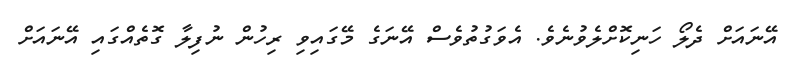
އޭނައަށް ދެލޯ ހަނިކޮށްލެވުނެވެ. އެވަގުތުވެސް އޭނަގެ މޭގައިވި ރިހުން ނުފިލާ ގޮތެއްގައި އޭނައަށް